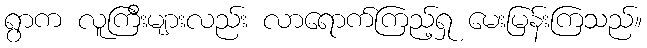
ရွာက လူကြီးများလည်း လာရောက်ကြည့်ရှု မေးမြန်းကြသည်။